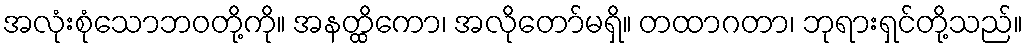
အလုံးစုံသောဘဝတို့ကို။ အနတ္ထိကော၊ အလိုတော်မရှိ။ တထာဂတာ၊ ဘုရားရှင်တို့သည်။